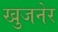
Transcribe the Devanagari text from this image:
खुजनेर